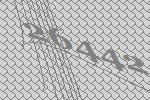
26442